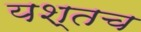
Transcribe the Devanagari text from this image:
यश्तच